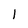
Character: l